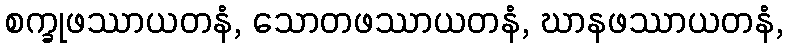
စက္ခုဖဿာယတနံ, သောတဖဿာယတနံ, ဃာနဖဿာယတနံ,